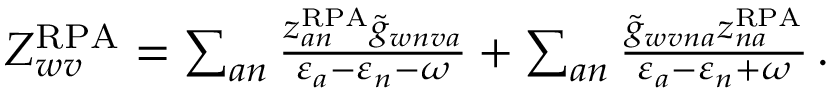
\begin{array} { r } { Z _ { w v } ^ { \mathrm { R P A } } = \sum _ { a n } \frac { z _ { a n } ^ { \mathrm { R P A } } \tilde { g } _ { w n v a } } { \varepsilon _ { a } - \varepsilon _ { n } - \omega } + \sum _ { a n } \frac { \tilde { g } _ { w v n a } z _ { n a } ^ { \mathrm { R P A } } } { \varepsilon _ { a } - \varepsilon _ { n } + \omega } \, . } \end{array}